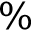
\%